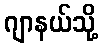
ဂျာနယ်သို့